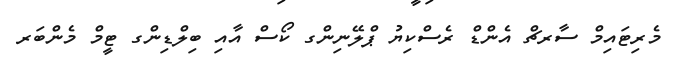
މެރިޓައިމް ސާރޗް އެންޑް ރެސްކިޔު ޕްލޭނިންގ ކޯސް އާއި ބިލްޑިންގ ޓީމް މެންބަރ